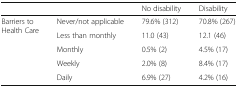
|  |  | No disability | Disability |
 | --- | --- | --- | --- |
 | <ROWSPAN=5> Barriers to Health Care | Never/not applicable | 79.6% (312) | 70.8% (267) |
 | Less than monthly | 11.0 (43) | 12.1 (46) |
 | Monthly | 0.5% (2) | 4.5% (17) |
 | Weekly | 2.0% (8) | 8.4% (17) |
 | Daily | 6.9% (27) | 4.2% (16) |